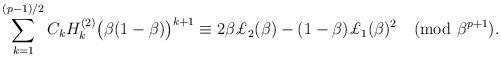
LaTeX: \begin{align*}\sum_{k=1}^{(p-1)/2}C_kH_k^{(2)}\bigl(\beta(1-\beta)\bigr)^{k+1}\equiv2\beta\pounds_2(\beta)-(1-\beta)\pounds_1(\beta)^2\pmod{\beta^{p+1}}.\end{align*}